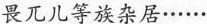
畏兀儿等族杂居……